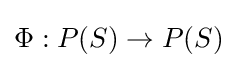
\Phi :P(S)\to P(S)